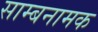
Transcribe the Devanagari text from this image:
साम्बनामक